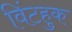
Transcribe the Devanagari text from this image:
विंटहुक